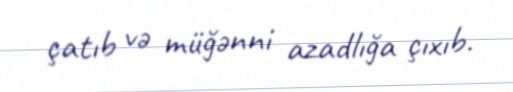
çatıb və müğənni azadlığa çıxıb.